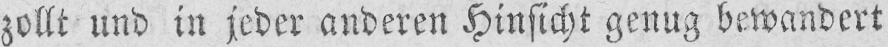
zollt und in jeder anderen Hinsicht genug bewandert